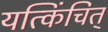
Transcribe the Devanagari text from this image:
यत्किंचित्‌